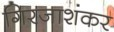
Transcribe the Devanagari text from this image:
गिरजाशंकर